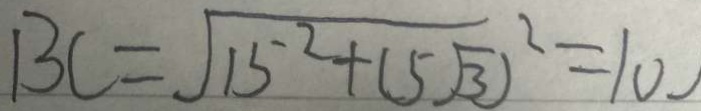
B C = \sqrt { 1 5 ^ { 2 } + ( 5 \sqrt { 3 } ) ^ { 2 } } = 1 0